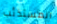
المستذئب